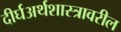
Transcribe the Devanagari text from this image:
दीर्घअर्थशास्त्रावरील